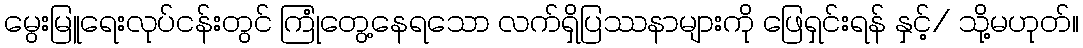
မွေးမြူရေးလုပ်ငန်းတွင် ကြုံတွေ့နေရသော လက်ရှိပြဿနာများကို ဖြေရှင်းရန် နှင့်/ သို့မဟုတ်။